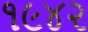
૧૯૪૨